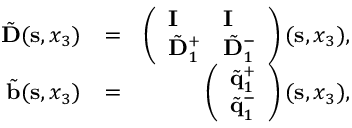
\begin{array} { r l r } { \tilde { \bf D } ( { \bf s } , x _ { 3 } ) } & { = } & { \left( \begin{array} { l l } { { \bf I } } & { { \bf I } } \\ { \tilde { \bf D } _ { 1 } ^ { + } } & { \tilde { \bf D } _ { 1 } ^ { - } } \end{array} \right) ( { \bf s } , x _ { 3 } ) , } \\ { \tilde { \bf b } ( { \bf s } , x _ { 3 } ) } & { = } & { \left( \begin{array} { l } { \tilde { \bf q } _ { 1 } ^ { + } } \\ { \tilde { \bf q } _ { 1 } ^ { - } } \end{array} \right) ( { \bf s } , x _ { 3 } ) , } \end{array}